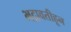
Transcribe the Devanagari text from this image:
भद्रावतीहून